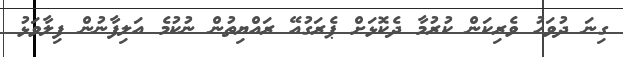
ގިނަ ދުވަހު ވެރިކަން ކުރުމާ ދެކޮޅަށް ޕެރަގުއޭ ރައްޔިތުން ނުކުމެ އަލިފާނުން ފިލާވަޅު